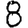
Digit: 8